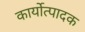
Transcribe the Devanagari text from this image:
कार्योत्पादक